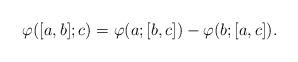
LaTeX: \begin{align*} \varphi([a,b]; c) = \varphi(a; [b,c]) - \varphi (b; [a,c]).\end{align*}